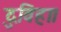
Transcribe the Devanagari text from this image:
दुविहा।